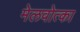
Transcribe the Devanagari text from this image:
मेलवोत्का